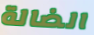
الضالة